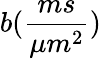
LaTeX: b(\frac{ms}{\mu m^{2}})